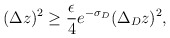
\begin{align*}(\Delta z)^2\ge {\epsilon \over 4}e^{-\sigma_D} (\Delta_D z)^2,\end{align*}